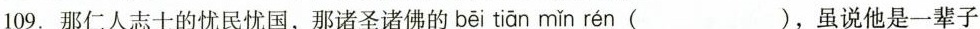
109.那仁人志士的忧民忧国，那诸圣诸佛的 bēi tiān mǐn rén ( )，虽说他是一辈子